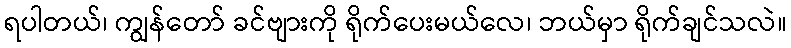
ရပါတယ်၊ ကျွန်တော် ခင်ဗျားကို ရိုက်ပေးမယ်လေ၊ ဘယ်မှာ ရိုက်ချင်သလဲ။